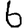
Digit: 6